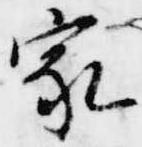
家